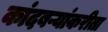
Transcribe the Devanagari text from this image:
कांदबऱ्यांकरीता